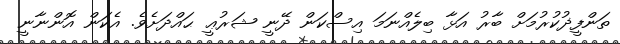
ތަންފީޛުކުރުމަށް ބާރު އަޅާ ބިލެއްނަމަ އިސްކަން ދޭނީ ޝަރުޢީ ޙައްދަށެވެ. އެކަން އޮންނާނީ